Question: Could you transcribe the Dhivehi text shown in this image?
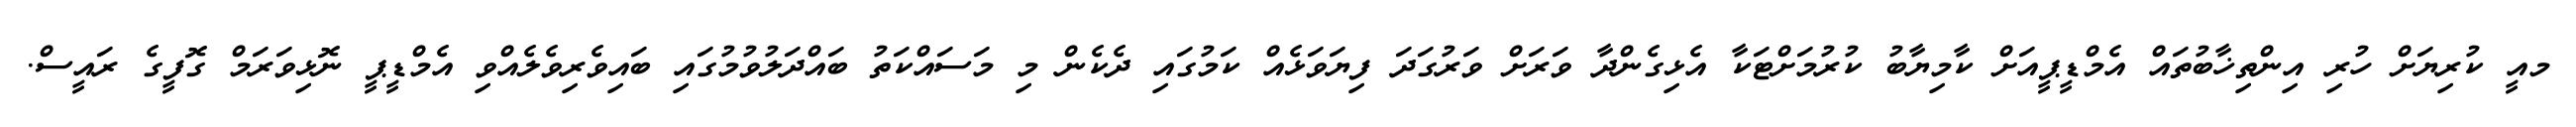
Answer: މއީ ކުރިޔަށް ހުރި އިންތިޚާބުތައް އެމްޑީޕީއަށް ކާމިޔާބު ކުރުމަށްޓަކާ އެޅިގެންދާ ވަރަށް ވަރުގަދަ ފިޔަވަޅެއް ކަމުގައި ދެކެން މި މަސައްކަތު ބައްދަލުވުމުގައި ބައިވެރިވެލެއްވި އެމްޑީޕީ ނޮޅިވަރަމް ގޮފީގެ ރައީސް.